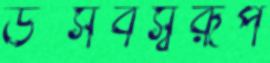
উত্সবস্বরূপ